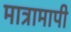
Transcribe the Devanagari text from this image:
मात्रामापी